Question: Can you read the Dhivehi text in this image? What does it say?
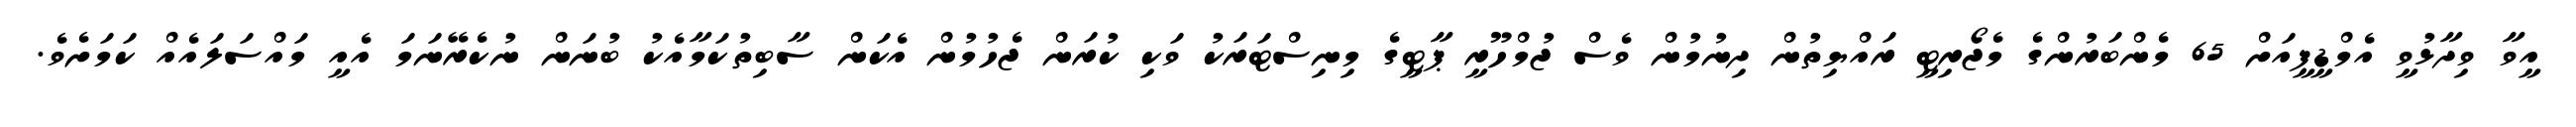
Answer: އީވާ ވިދާޅުވީ އެމްޑީޕީއަށް 65 މެންބަރުންގެ މެޖޯރިޓީ ރައްޔިތުން ދިނުމުން ވެސް ޖުމްހޫރީ ޕާޓީގެ މިނިސްޓަރަކު ވަކި ކުރަން ޖެހުމުން އެކަން ސާބިތުކަމާއެކު ބުނަން ނުކެރޭނަމަ އެއީ މައްސަލައެއް ކަމަށެވެ.